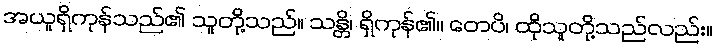
အယူရှိကုန်သည်၏ သူတို့သည်။ သန္တိ၊ ရှိကုန်၏။ တေပိ၊ ထိုသူတို့သည်လည်း။